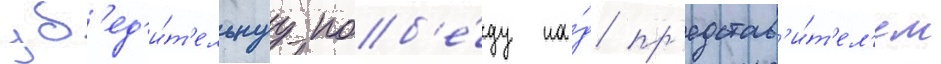
уб'ед'и́т'ельнуу поб'е́ду на́д пр'едстав'и́т'ел'ем